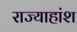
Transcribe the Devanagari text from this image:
राज्याहांश